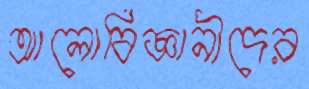
আলোবিজ্ঞানীদের